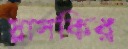
স্লাসকির